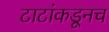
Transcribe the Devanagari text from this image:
टाटांकडूनच